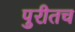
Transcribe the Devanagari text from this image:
पुरीतच